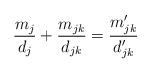
LaTeX: \begin{align*}\frac{m_j}{d_j} + \frac{m_{jk}}{d_{jk}} = \frac{m'_{jk}}{d'_{jk}} \end{align*}